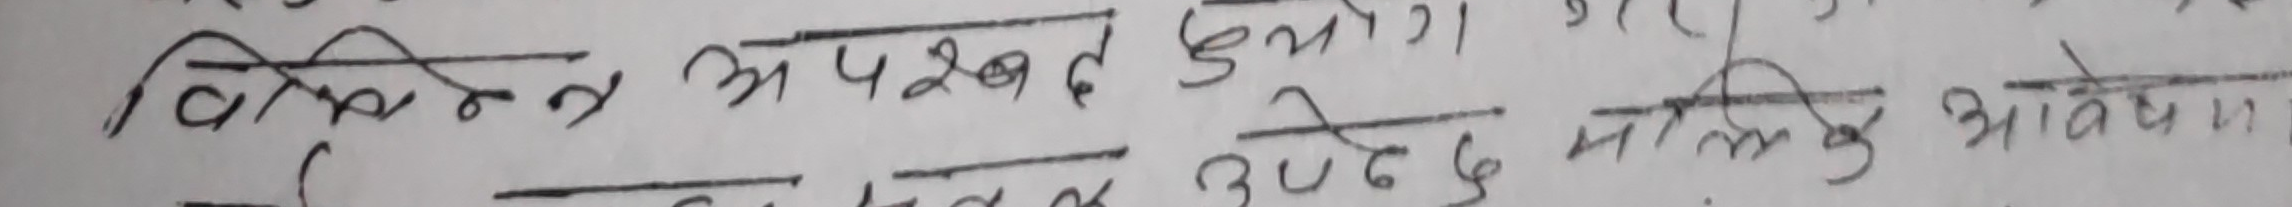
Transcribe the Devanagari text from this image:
विकृत अपखण्ड हुन गए।
उपच्छेद मौलिक आवेदन